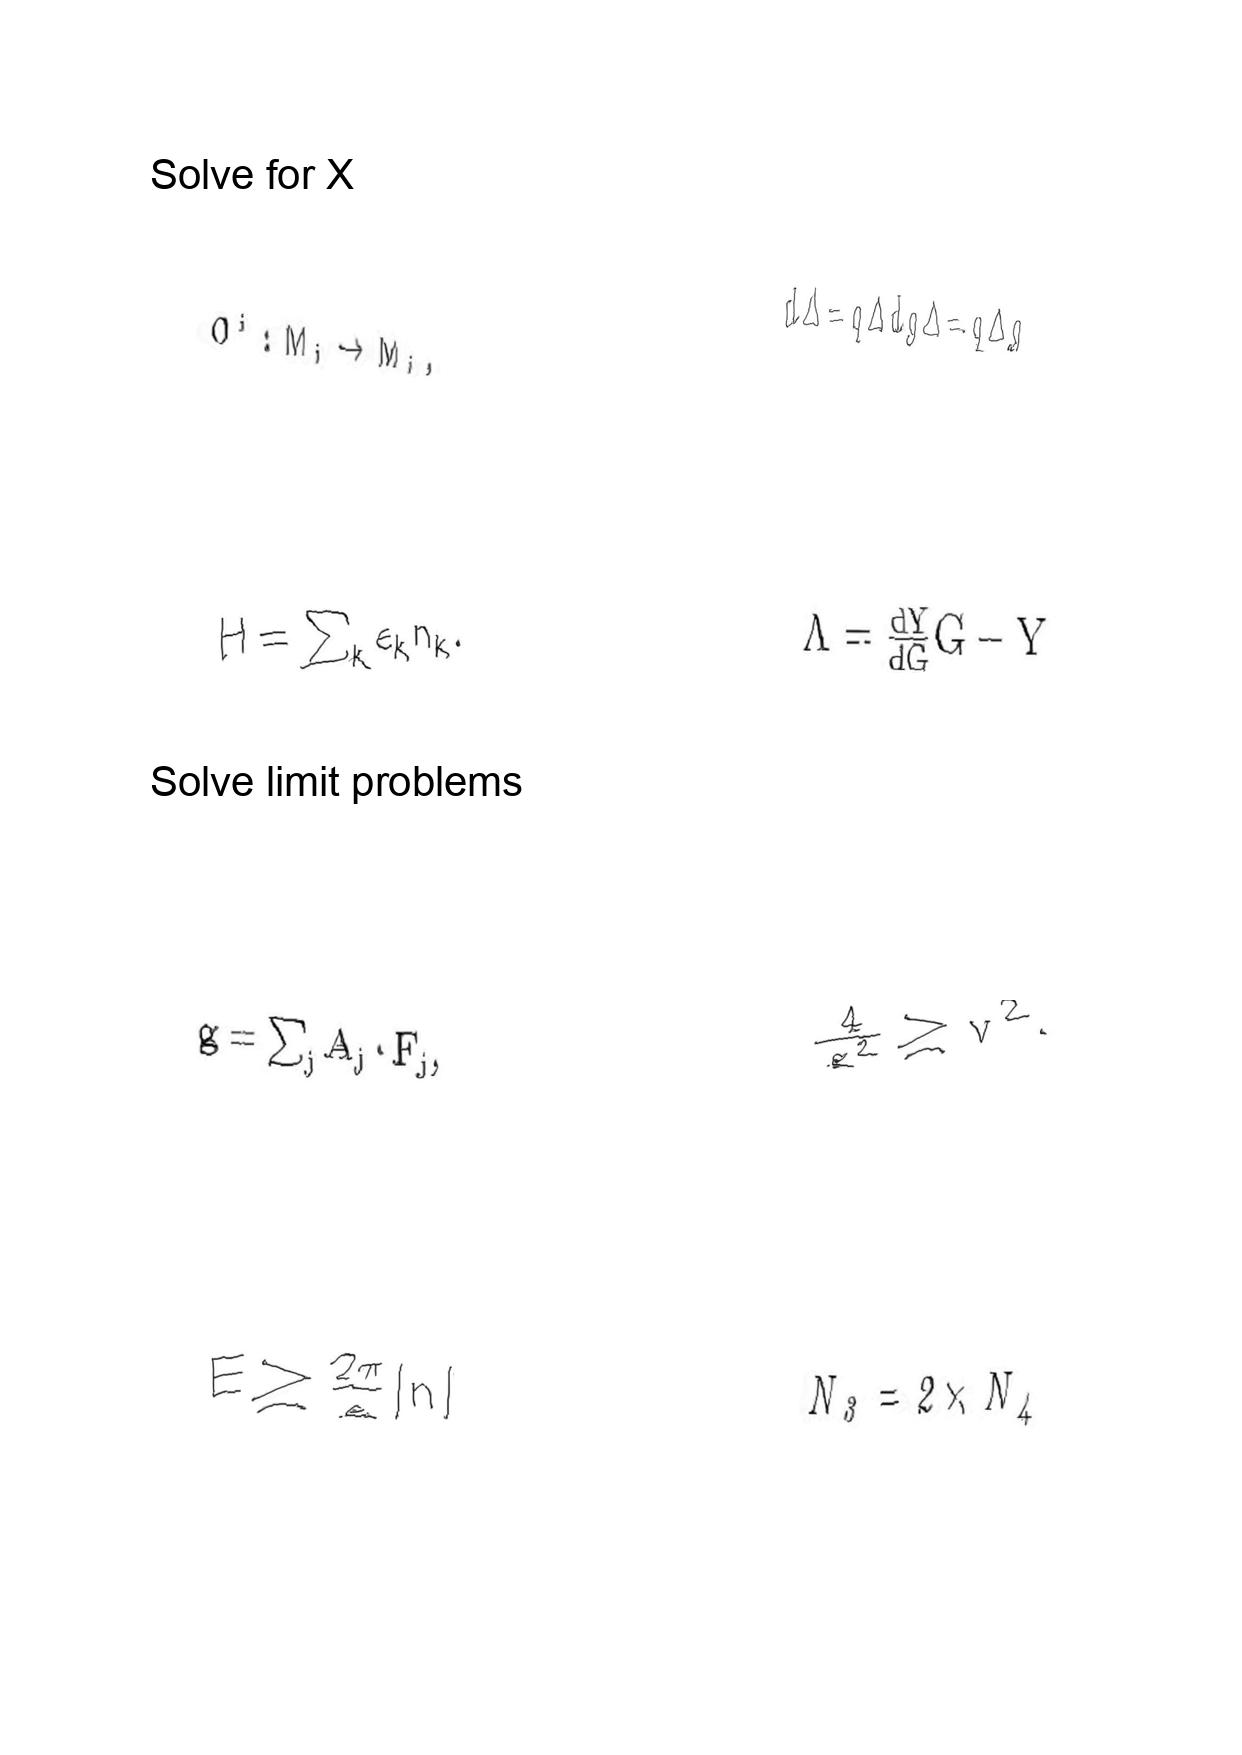
LaTeX transcription:
O ^ { i } : M _ { i } \rightarrow M _ { i } ,
H = \sum _ { k } \epsilon _ { k } n _ { k } .
g = \sum _ { j } A _ { j } \cdot F _ { j } ,
E \geq \frac { 2 \pi } { e } \vert n \vert
d \Delta = q \Delta d g \Delta = q \Delta g
\Lambda = \frac { d Y } { d G } G - Y
\frac { 4 } { g ^ { 2 } } \geq v ^ { 2 } .
N _ { 3 } = 2 \times N _ { 4 }